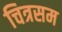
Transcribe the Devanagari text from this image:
चित्रसम